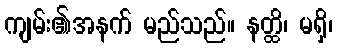
ကျမ်း၏အနက် မည်သည်။ နတ္ထိ၊ မရှိ၊